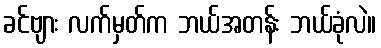
ခင်ဗျား လက်မှတ်က ဘယ်အတန်း ဘယ်ခုံလဲ။